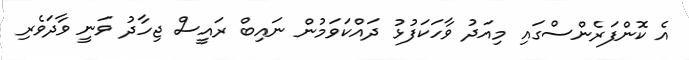
އެ ކޮންފަރެންސްގައި މިއަދު ވާހަކަފުޅު ދައްކަވަމުން ނައިބް ރައީސް ޖިހާދު ވަނީ ވާދަވެރި